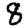
Digit: 8